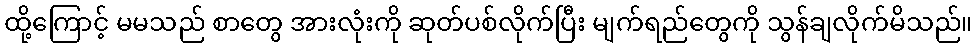
ထို့ကြောင့် မမသည် စာတွေ အားလုံးကို ဆုတ်ပစ်လိုက်ပြီး မျက်ရည်တွေကို သွန်ချလိုက်မိသည်။